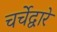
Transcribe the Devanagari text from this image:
चर्चेद्वारे